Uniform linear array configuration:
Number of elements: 32
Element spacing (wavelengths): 0.5
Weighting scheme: hann
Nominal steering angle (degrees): -45
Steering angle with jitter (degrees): -45.729
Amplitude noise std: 0.05
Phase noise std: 0.05

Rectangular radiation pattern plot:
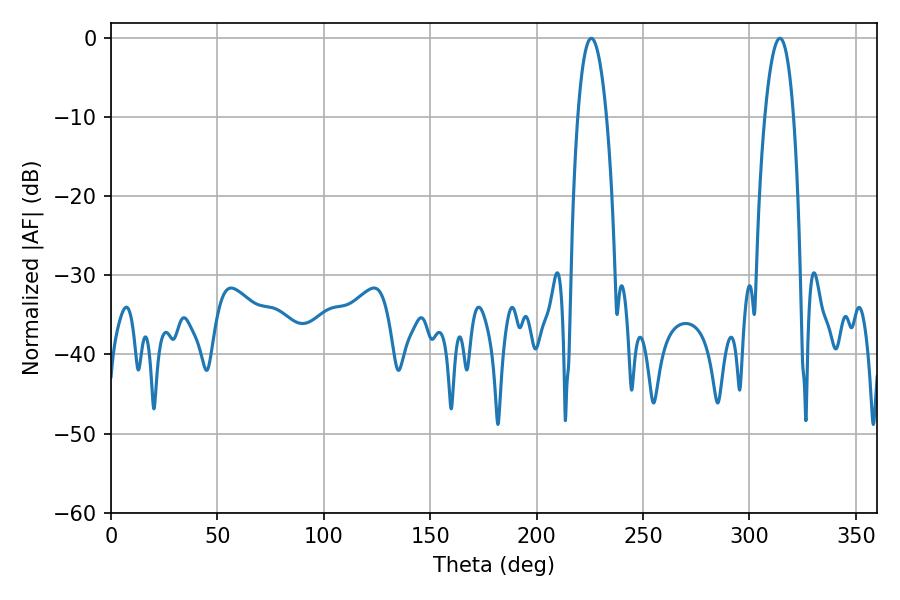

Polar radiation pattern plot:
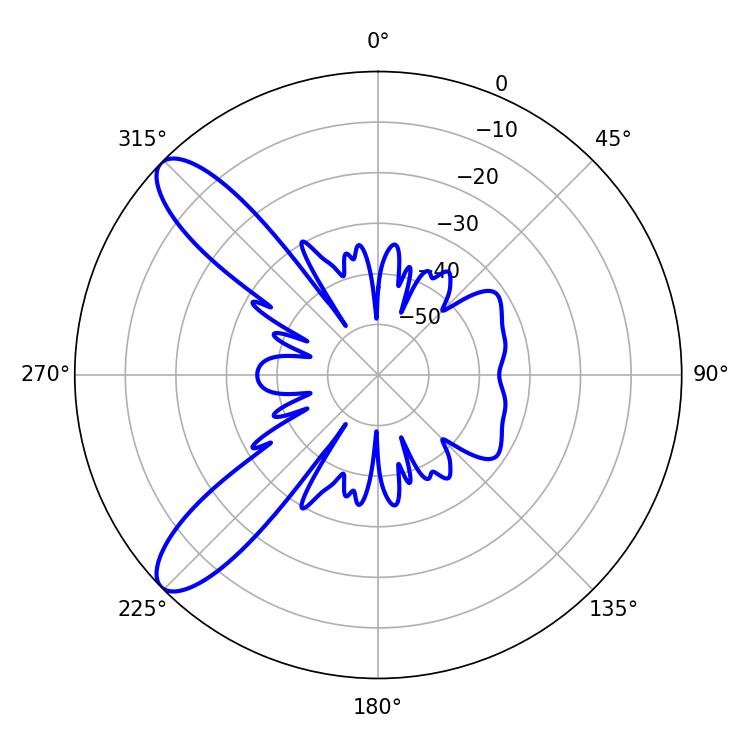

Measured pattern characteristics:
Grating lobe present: FALSE
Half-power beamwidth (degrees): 7.38
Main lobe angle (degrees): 225.72